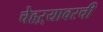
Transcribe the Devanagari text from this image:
चेहऱ्यावरची